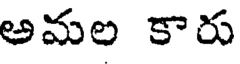
అమల కారు